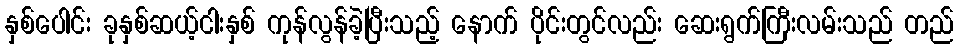
နှစ်ပေါင်း ခုနှစ်ဆယ့်ငါးနှစ် ကုန်လွန်ခဲ့ပြီးသည့် နောက် ပိုင်းတွင်လည်း ဆေးရွက်ကြီးလမ်းသည် တည်